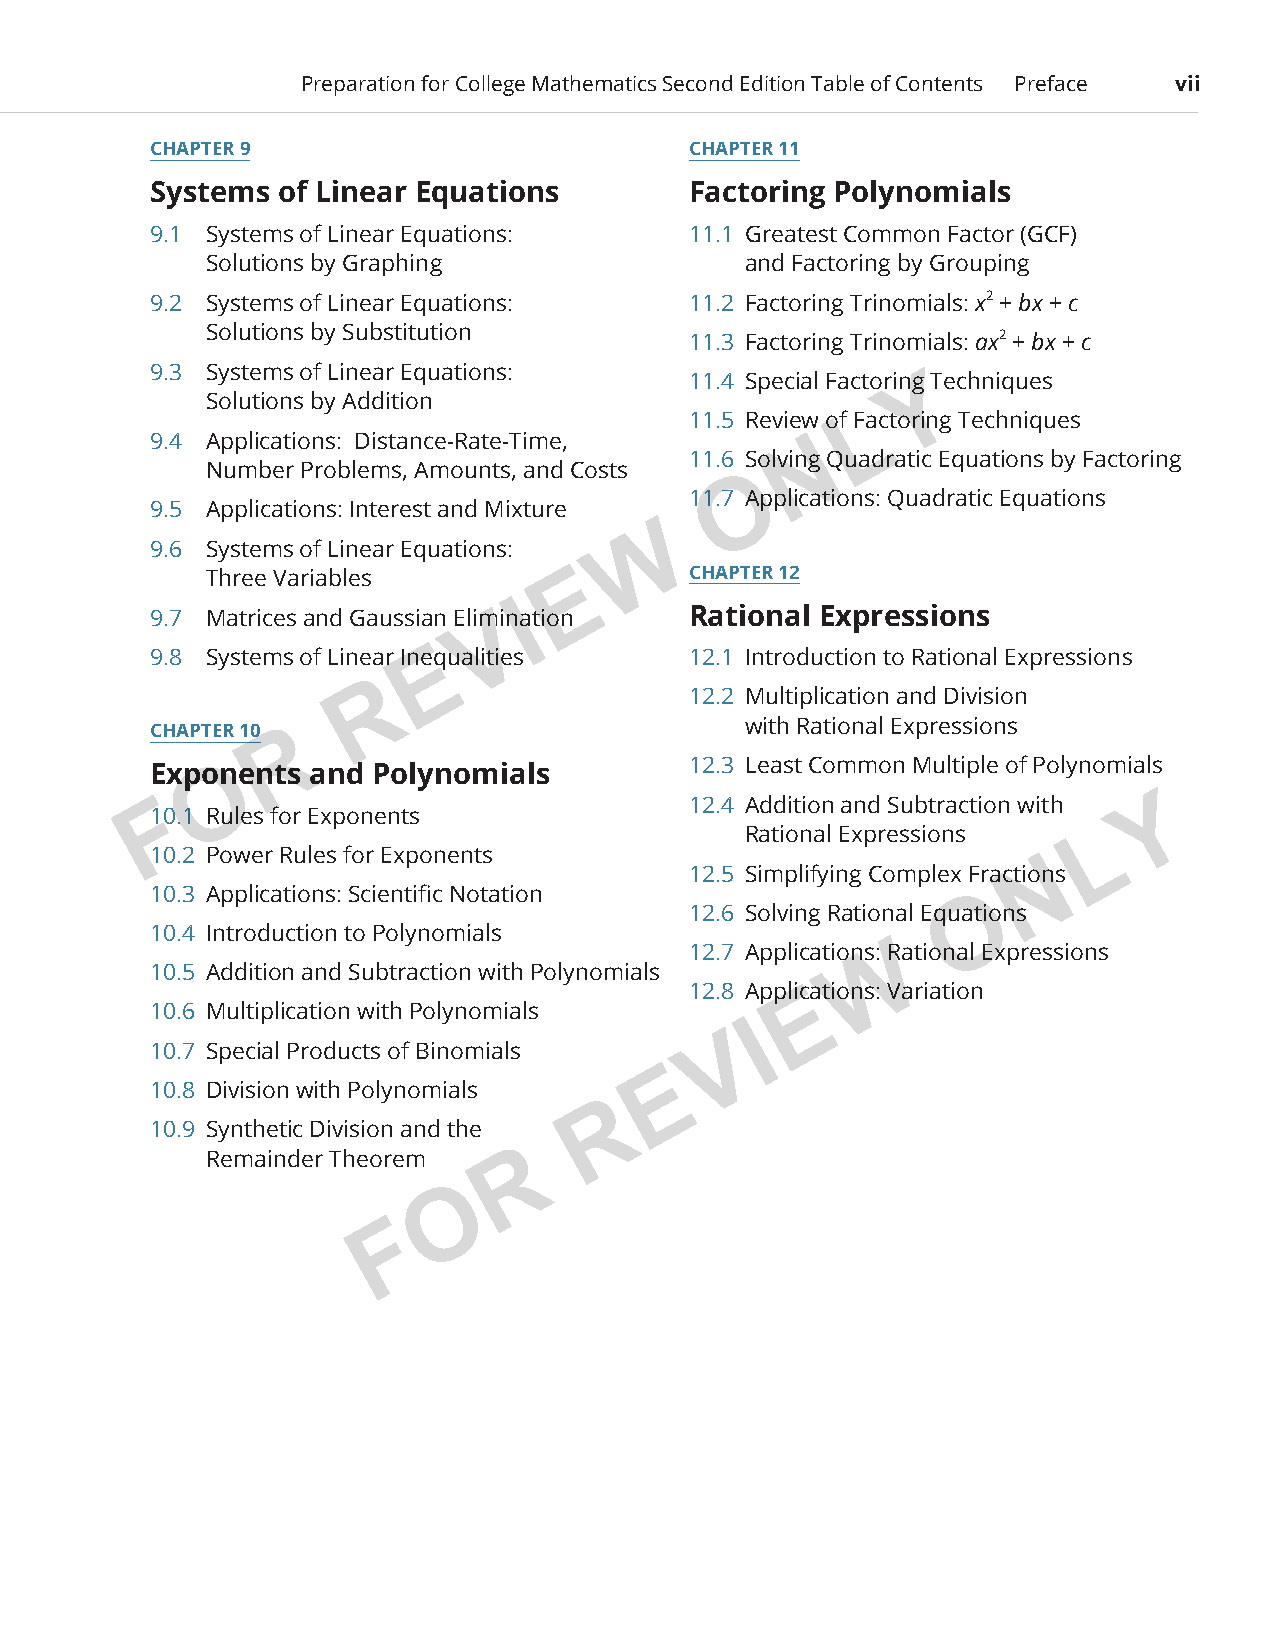
Preparation for College Mathematics Second Edition Table of Contents Preface vii
 CHAPTER 9                           CHAPTER 11
 Systems  of Linear Equations        Factoring Polynomials
 9.1 Systems of Linear Equations:    11.1 Greatest Common Factor (GCF)
 Solutions by Graphing               and Factoring by Grouping
 9.2 Systems of Linear Equations:    11.2 Factoring Trinomials: x2 + bx + c
 Solutions by Substitution       11.3 Factoring Trinomials: ax2 + bx + c
 9.3 Systems of Linear Equations:
 11.4 Special FactoringY Techniques
 Solutions by Addition
 11.5 Review of FaL ctoring Techniques
 9.4 Applications: Distance-Rate-Time,      N
 11.6 Solving Quadratic Equations by Factoring
 Number Problems, Amounts, and Costs
 O
 11.7 Applications: Quadratic Equations
 9.5 Applications: Interest and Mixture
 W
 9.6 Systems of Linear Equations:
 Three Variables         E       CHAPTER 12
 9.7 Matrices and Gaussian ElimVinaI tion Rational Expressions
 9.8 Systems of Linear IneEqualities 12.1 Introduction to Rational Expressions
 R
 12.2 Multiplication and Division
 with Rational Expressions
 CHAPTER 10 R
 ExpoOnents and Polynomials          12.3 Least Common Multiple of Polynomials
 F                                  12.4 Addition and Subtraction with Y
 10.1 Rules for Exponents
 Rational Expressions   L
 10.2 Power Rules for Exponents
 N
 12.5 Simplifying Complex Fractions
 10.3 Applications: Scientific Notation                O
 12.6 Solving Rational Equations
 10.4 Introduction to Polynomials
 12.7 ApplicationWs: Rational Expressions
 10.5 Addition and Subtraction with Polynomials
 12.8 ApplicEations: Variation
 10.6 Multiplication with Polynomials
 I
 V
 10.7 Special Products of Binomials
 E
 10.8 Division with Polynomials
 R
 10.9 Synthetic Division and the
 Remainder Theorem   R
 O
 F
 PCM_Marketing_Booklet.indb 7                                             10/11/2017 9:57:46 AM